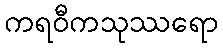
ကရဝီကသုဿရော